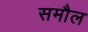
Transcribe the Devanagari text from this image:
समौल